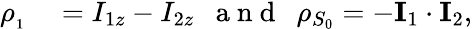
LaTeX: \begin{array}{rl}{\rho_{_{1}}}&{{}=I_{1z}-I_{2z}~~\mathrm{~a~n~d~}~~\rho_{S_{0}}=-\mathbf{I}_{1}\cdot\mathbf{I}_{2},}\end{array}